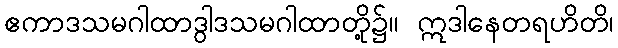
ဧကာဒသမဂါထာဒွါဒသမဂါထာတို့၌။ ဣဒါနေတရဟိတိ၊